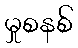
မှုစနစ်